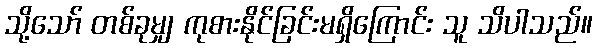
သို့သော် တစ်ခုမျှ ကုစားနိုင်ခြင်းမရှိကြောင်း သူ သိပါသည်။